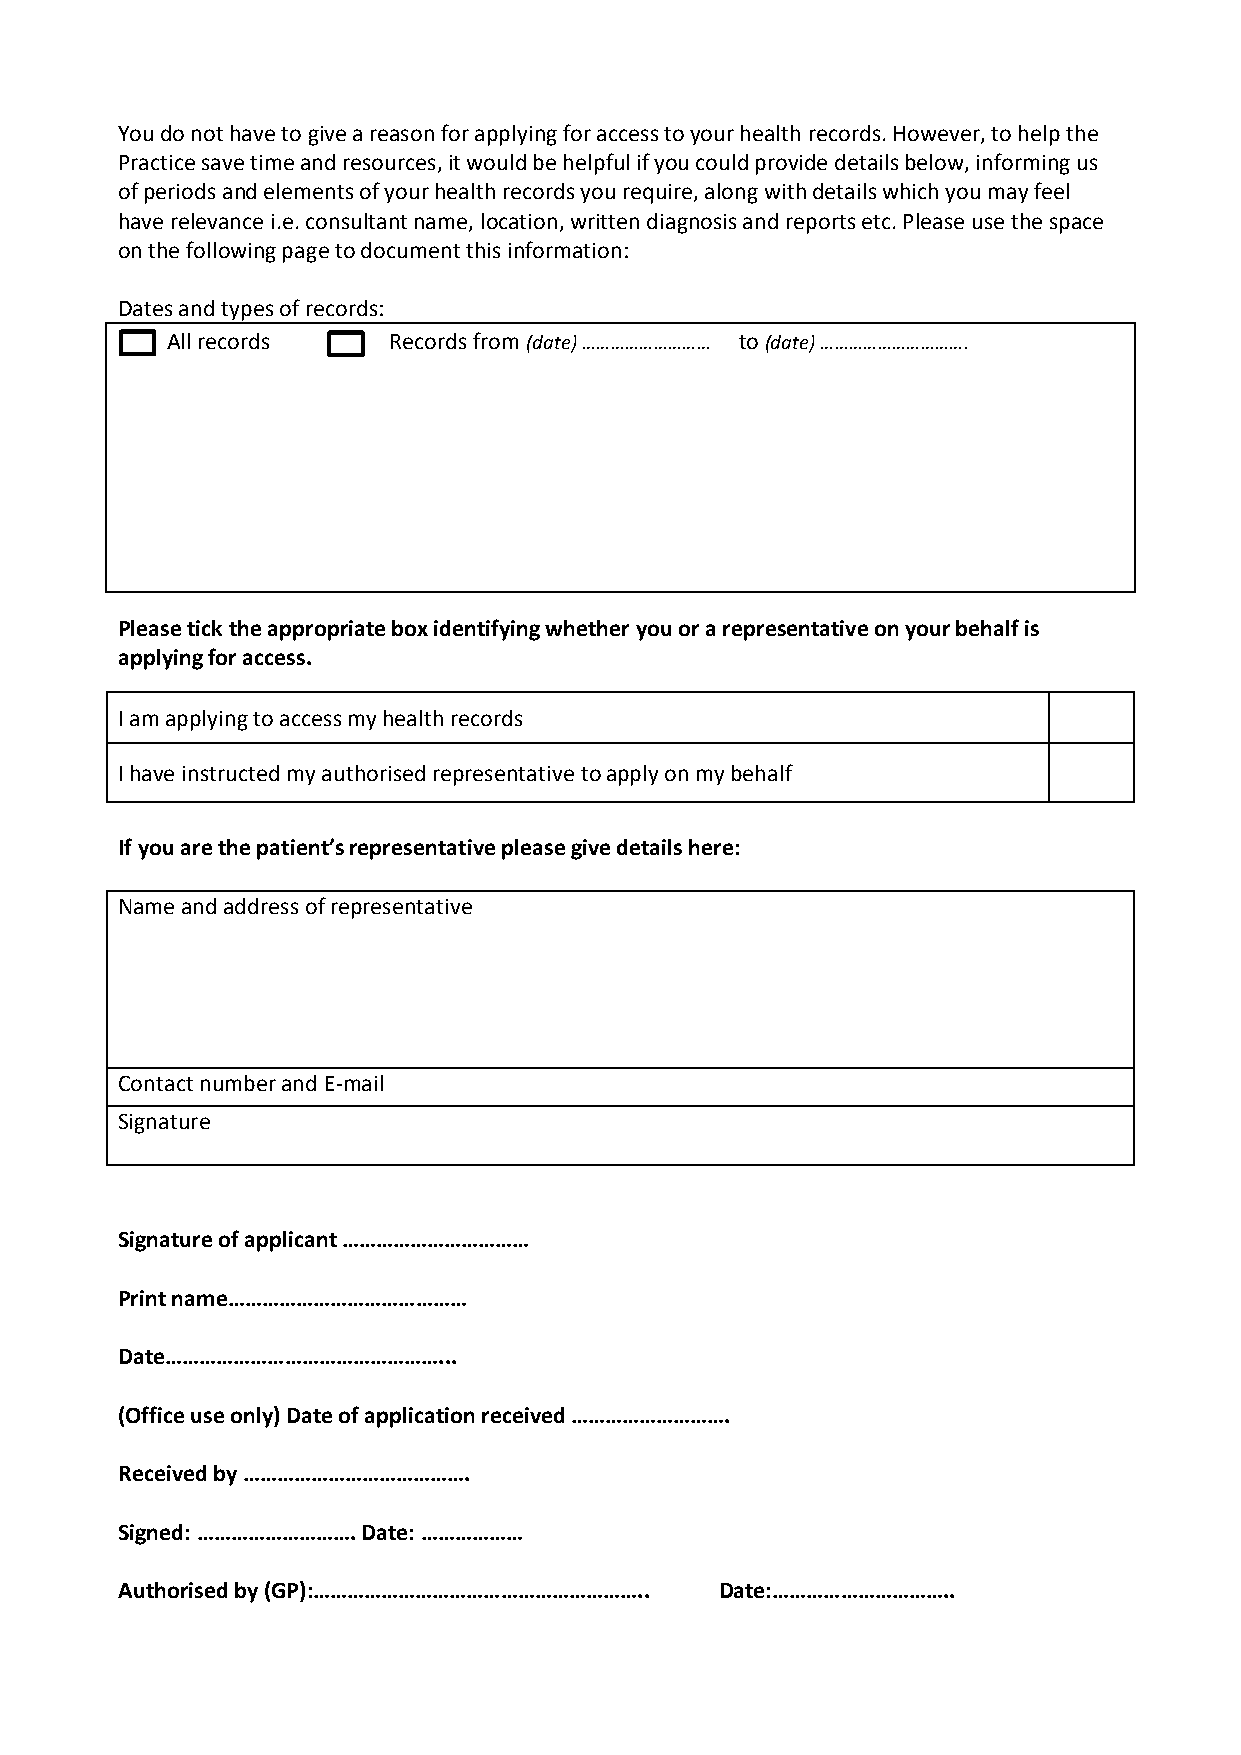
You do not have to give a reason for applying for access to your health records. However, to help the
 Practice save time and resources, it would be helpful if you could provide details below, informing us
 of periods and elements of your health records you require, along with details which you may feel
 have relevance i.e. consultant name, location, written diagnosis and reports etc. Please use the space
 on the following page to document this information:
 Dates and types of records:
 All records    Records from (date) ……………………… to (date) ………………………….
 Please tick the appropriate box identifying whether you or a representative on your behalf is
 applying for access.
 I am applying to access my health records
 I have instructed my authorised representative to apply on my behalf
 If you are the patient’s representative please give details here:
 Name and address of representative
 Contact number and E-mail
 Signature
 Signature of applicant ……………………………
 Print name……………………………………
 Date…………………………………………...
 (Office use only) Date of application received ……………………….
 Received by ………………………………….
 Signed: ………………………. Date: ………………
 Authorised by (GP):………………………………………………….. Date:…………………………..